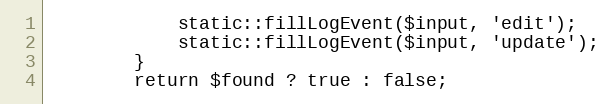
Language: PHP
			static::fillLogEvent($input, 'edit');
			static::fillLogEvent($input, 'update');
		}
		return $found ? true : false;